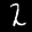
Label: 2